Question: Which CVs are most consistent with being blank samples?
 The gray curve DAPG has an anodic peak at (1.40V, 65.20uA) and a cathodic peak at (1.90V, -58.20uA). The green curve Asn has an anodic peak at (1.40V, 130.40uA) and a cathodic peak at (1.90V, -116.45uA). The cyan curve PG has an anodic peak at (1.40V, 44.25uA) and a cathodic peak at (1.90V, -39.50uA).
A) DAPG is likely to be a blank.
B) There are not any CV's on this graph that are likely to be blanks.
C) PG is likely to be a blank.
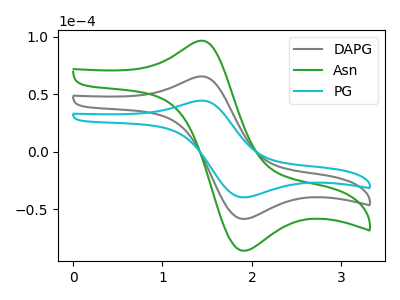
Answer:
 <answer>B) There are not any CV's on this graph that are likely to be blanks.</answer>
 <eval>B</eval>